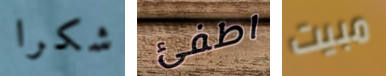
شكرا اطفئ مبيت